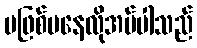
မဖြစ်မနေလိုအပ်ပါသည်